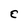
Character: E